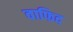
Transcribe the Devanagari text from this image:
वाफिद